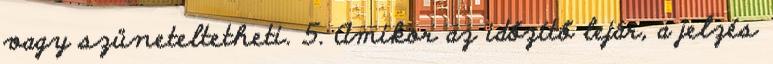
vagy szüneteltetheti. 5. Amikor az időzítő lejár, a jelzés